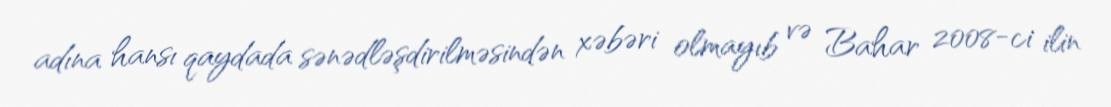
adına hansı qaydada sənədləşdirilməsindən xəbəri olmayıb və Bahar 2008-ci ilin